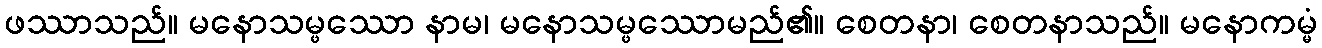
ဖဿာသည်။ မနောသမ္ဖဿော နာမ၊ မနောသမ္ဖဿောမည်၏။ စေတနာ၊ စေတနာသည်။ မနောကမ္မံ